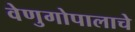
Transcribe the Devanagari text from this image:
वेणुगोपालाचे